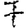
Digit: 7